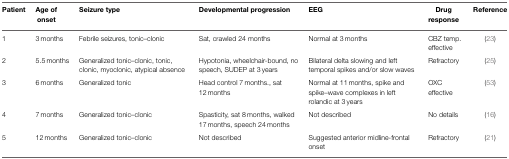
<table><thead><tr><td><b>Patient</b></td><td><b>Age of onset</b></td><td><b>Seizure type</b></td><td><b>Developmental progression</b></td><td><b>EEG</b></td><td><b>Drug response</b></td><td><b>Reference</b></td></tr></thead><tbody><tr><td>1</td><td>3 months</td><td>Febrile seizures, tonic–clonic</td><td>Sat, crawled 24 months</td><td>Normal at 3 months</td><td>CBZ temp. effective</td><td>(23)</td></tr><tr><td>2</td><td>5.5 months</td><td>Generalized tonic–clonic, tonic, clonic, myoclonic, atypical absence</td><td>Hypotonia, wheelchair-bound, no speech, SUDEP at 3 years</td><td>Bilateral delta slowing and left temporal spikes and/or slow waves</td><td>Refractory</td><td>(25)</td></tr><tr><td>3</td><td>6 months</td><td>Generalized tonic</td><td>Head control 7 months., sat 12 months</td><td>Normal at 11 months, spike and spike–wave complexes in left rolandic at 3 years</td><td>OXC effective</td><td>(53)</td></tr><tr><td>4</td><td>7 months</td><td>Generalized tonic–clonic</td><td>Spasticity, sat 8 months, walked 17 months, speech 24 months</td><td>Not described</td><td>No details</td><td>(16)</td></tr><tr><td>5</td><td>12 months</td><td>Generalized tonic–clonic</td><td>Not described</td><td>Suggested anterior midline-frontal onset</td><td>Refractory</td><td>(21)</td></tr></tbody></table>